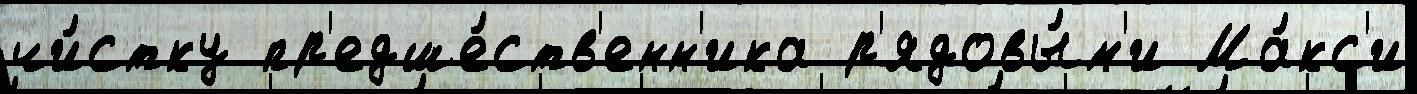
чи́стку пр'едше́ств'енн'ика р'ядовы́м'и Ма́кс'и